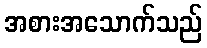
အစားအသောက်သည်